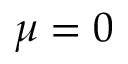
\mu = 0